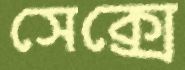
সেক্সে